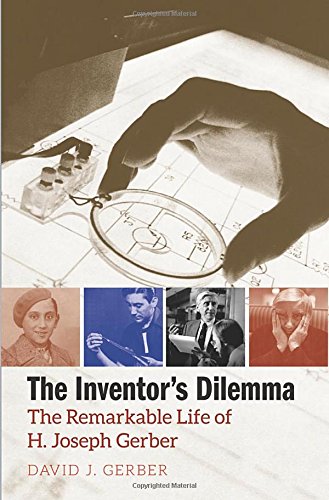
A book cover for The Inventor's Dilemma: The Remarkable Life of H. Joseph Gerber; David J. Gerber; Business & Money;